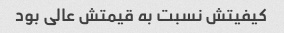
کیفیتش نسبت به قیمتش عالی بود